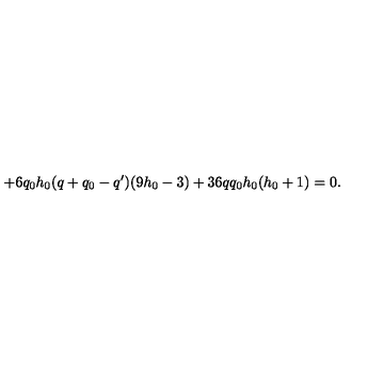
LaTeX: + 6 q _ { 0 } h _ { 0 } ( q + q _ { 0 } - q ^ { \prime } ) ( 9 h _ { 0 } - 3 ) + 3 6 q q _ { 0 } h _ { 0 } ( h _ { 0 } + 1 ) = 0 .